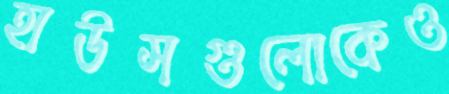
হাউসগুলোকেও